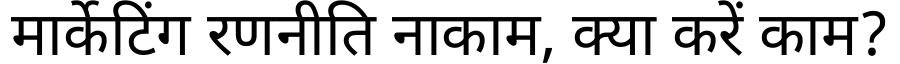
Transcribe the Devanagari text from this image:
मार्केटिंग रणनीति नाकाम, क्या करें काम?